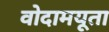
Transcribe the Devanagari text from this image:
वोदामयूता